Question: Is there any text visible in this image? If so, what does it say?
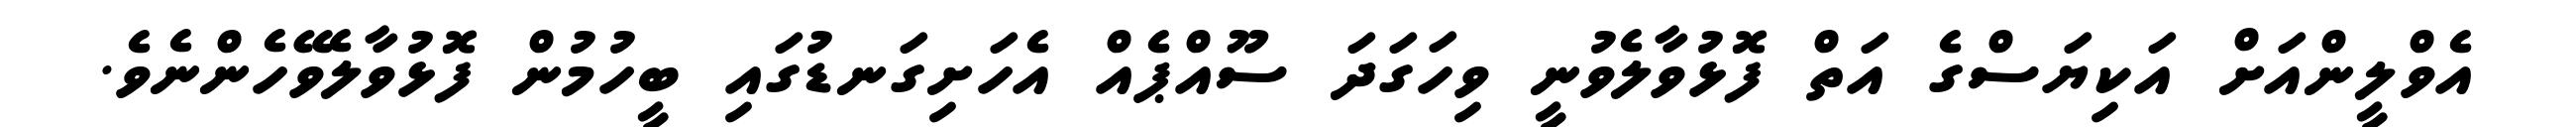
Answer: އެވްލީންއަށް އަކިޔަސްގެ އަތް ފޮޅުވާލެވުނީ ވިހަގަދަ ސޫއްޕެއް އެހަށިގަނޑުގައި ބީހުމުން ފޮޅުވާލެވޭހެންނެވެ.